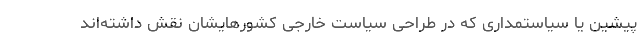
پیشین یا سیاستمداری که در طراحی سیاست خارجی کشورهایشان نقش داشته‌اند